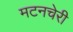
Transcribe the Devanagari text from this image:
मटनचेरी